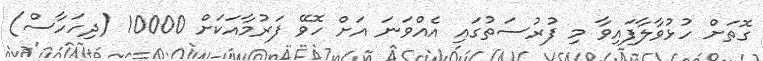
ގޮތަށް ހުޅުވާލާފައިވާ މި ފުރުސަތުގައި އެއްވަނަ އަށް ހޮވޭ ފަރުމާއަކަށް 10000 (ދިހަހާސް)